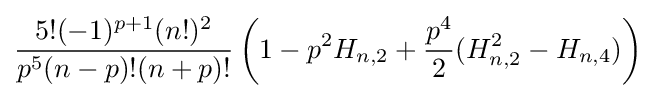
{\frac {5!(-1)^{p+1}(n!)^{2}}{p^{5}(n-p)!(n+p)!}}\left(1-p^{2}H_{n,2}+{\frac {p^{4}}{2}}(H_{n,2}^{2}-H_{n,4})\right)